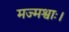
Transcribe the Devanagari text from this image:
मज्मश्वाः।